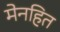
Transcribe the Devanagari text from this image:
मेनहित